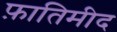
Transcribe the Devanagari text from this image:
फ़ातिमीद